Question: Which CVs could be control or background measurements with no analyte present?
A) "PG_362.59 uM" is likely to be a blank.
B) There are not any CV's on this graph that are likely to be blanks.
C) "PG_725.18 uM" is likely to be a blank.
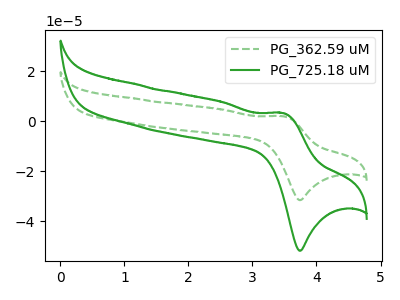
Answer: <think>The green dashed curve "PG_362.59 uM" has an anodic peak at (3.50V, 2.00uA) and a cathodic peak at (3.75V, -31.55uA). The green curve "PG_725.18 uM" has an anodic peak at (3.50V, 3.25uA) and a cathodic peak at (3.75V, -51.80uA).</think>
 <answer>B) There are not any CV's on this graph that are likely to be blanks.</answer>
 <eval>B</eval>